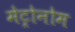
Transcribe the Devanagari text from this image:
मेट्रोनोम